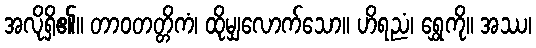
အလိုရှိ၏။ တာဝတတ္တိကံ၊ ထိုမျှလောက်သော။ ဟိရညံ၊ ရွှေကို။ အဿ၊